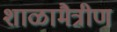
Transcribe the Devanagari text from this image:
शाळामैत्रीण